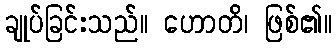
ချုပ်ခြင်းသည်။ ဟောတိ၊ ဖြစ်၏။